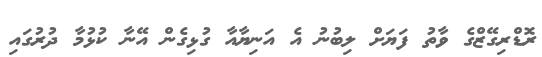
ރޮޑްރިގޭޒްގެ ވާތު ފަޔަށް ލިބުނު އެ އަނިޔާއާ ގުޅިގެން އޭނާ ކުޅުމާ ދުރުގައި